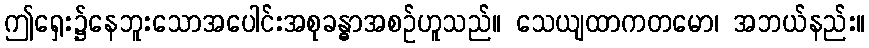
ဤရှေး၌နေဘူးသောအပေါင်းအစုခန္ဓာအစဉ်ဟူသည်။ သေယျထာကတမော၊ အဘယ်နည်း။